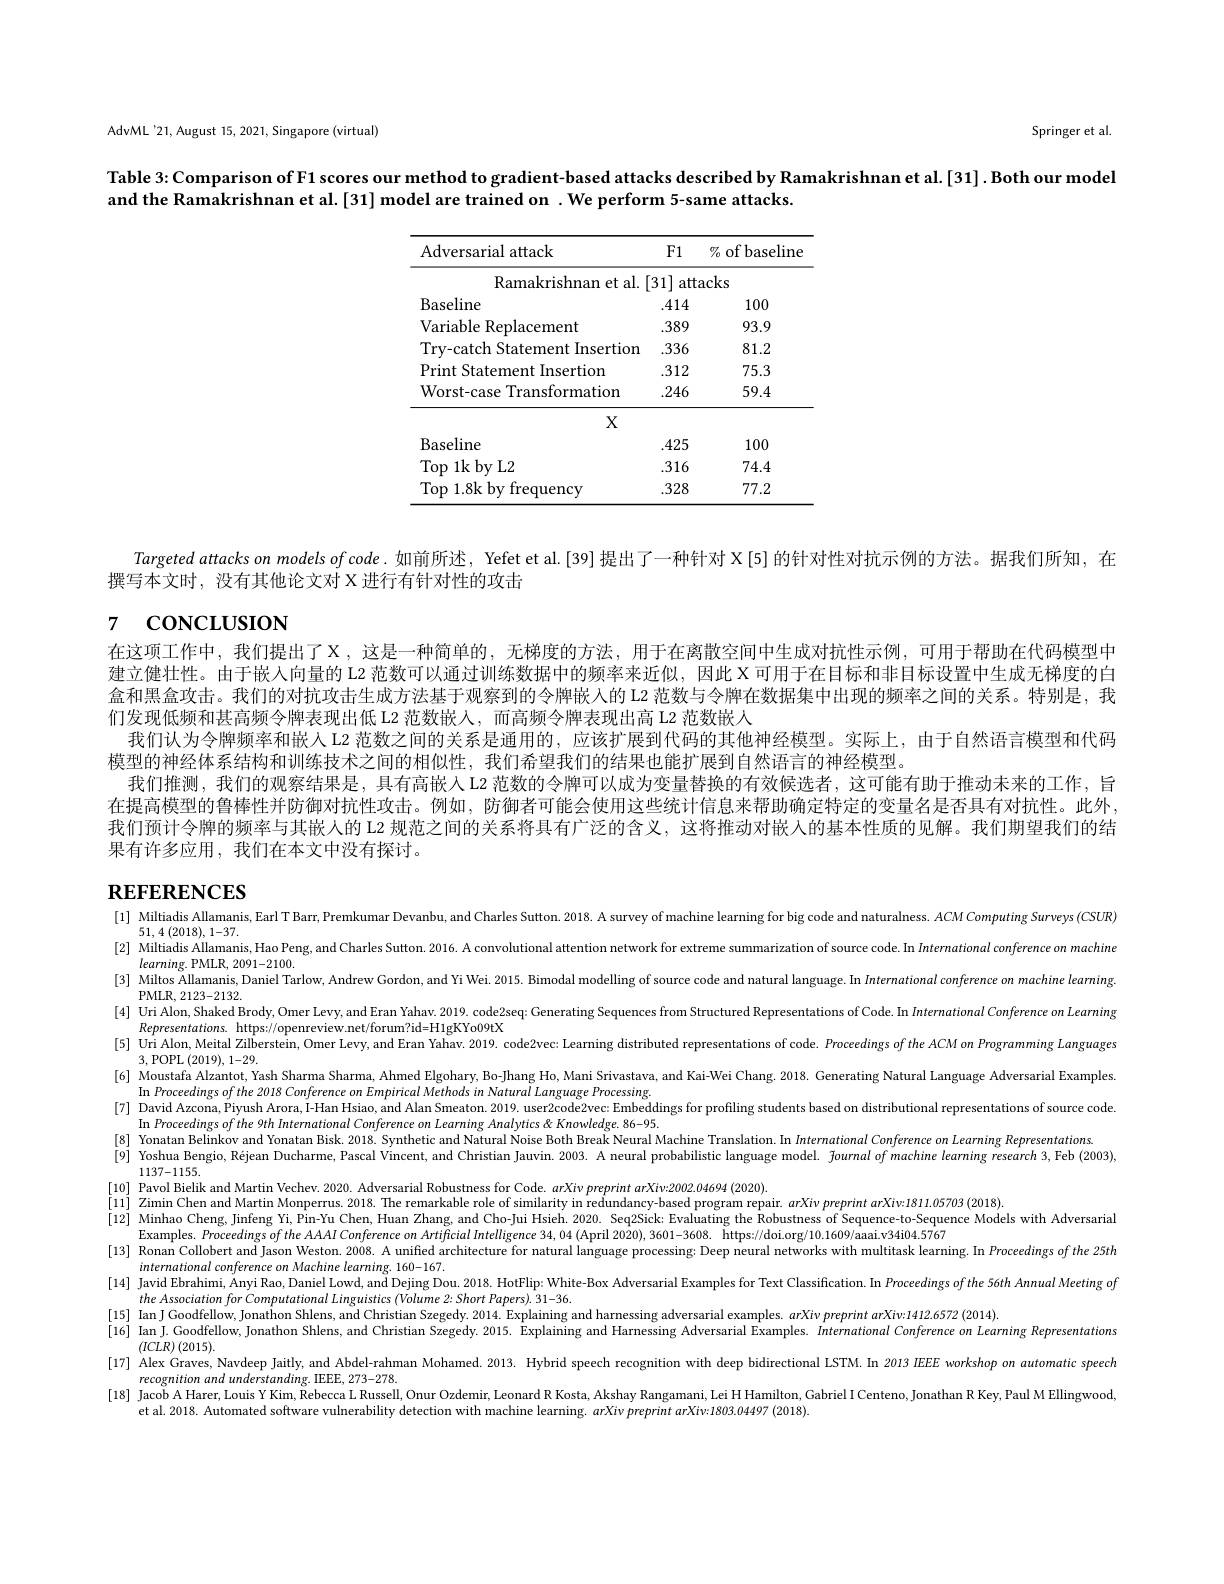
Springer et al

AdvML'21, August 15, 2021, Singapore (virtual)

Table 3: Comparison of F1 scores our method to gradient-based attacks described by Ramakrishnan et al.[31] . Both our model

and the Ramakrishnan et al. [31] model are trained on . We perform 5-same attacks.

<table>
	<tbody>
		<tr>
			<th>Adversarial attack</th>
			<th>F1</th>
			<th>$\%$ of baseline</th>
		</tr>
		<tr>
			<td>Ramakrishnan et al. </td>
			<td>31 atte</td>
			<td>cks</td>
		</tr>
		<tr>
			<td>Baseline</td>
			<td>.414</td>
			<td>100</td>
		</tr>
		<tr>
			<td>Variable Replacement</td>
			<td>.389</td>
			<td>93.9</td>
		</tr>
		<tr>
			<td>Try-catch Statement Insertion</td>
			<td>.336</td>
			<td>81.2</td>
		</tr>
		<tr>
			<td>Print Statement Insertion</td>
			<td>.312</td>
			<td>75.3</td>
		</tr>
		<tr>
			<td>Worst-case Transformation</td>
			<td>.246</td>
			<td>59.4</td>
		</tr>
		<tr>
			<td>Baseline</td>
			<td>.425</td>
			<td>100</td>
		</tr>
		<tr>
			<td>$\operatorname{Top}1$k by L2</td>
			<td>.316</td>
			<td>74.4</td>
		</tr>
		<tr>
			<td>Top 1.8k by frequency</td>
			<td>.328</td>
			<td>77.2</td>
		</tr>
	</tbody>
</table>

Targeted attacks on models of code. 如前所述，Yefet et al.[39] 提出了一种针对 X[5] 的针对性对抗示例的方法。据我们所知，在

撰写本文时，没有其他论文对 X 进行有针对性的攻击

# 7 concusıon

在这项工作中，我们提出了$\mathcal{X}$,这是一种简单的，无梯度的方法，用于在离散空间中生成对抗性示例，可用于帮助在代码模型中建立健壮性。由于嵌人向量的 L2 范数可以通过训练数据中的频率来近似，因此 X 可用于在目标和非目标设置中生成无梯度的白盒和黑盒攻击。我们的对抗攻击生成方法基于观察到的令牌嵌人的 L2 范数与令牌在数据集中出现的频率之间的关系。特别是，我们发现低频和甚高频令牌表现出低 L2 范数嵌入，而高频令牌表现出高 L2 范数嵌人
我们认为令牌频率和嵌人 L2 范数之间的关系是通用的，应该扩展到代码的其他神经模型。实际上，由于自然语言模型和代码
模型的神经体系结构和训练技术之间的相似性，我们希望我们的结果也能扩展到自然语言的神经模型。
我们推测，我们的观察结果是，具有高嵌入 L2 范数的令牌可以成为变量替换的有效候选者，这可能有助于推动未来的工作，旨在提高模型的鲁棒性并防御对抗性攻击。例如，防御者可能会使用这些统计信息来帮助确定特定的变量名是否具有对抗性。此外， 我们预计令牌的频率与其嵌人的 L2 规范之间的关系将具有广泛的含义，这将推动对嵌入的基本性质的见解。我们期望我们的结果果有许多应用，我们在本文中没有探讨。

# REFERENCES

[1] Miltiadis Allamanis, Earl T Barr, Premkumar Devanbu, and Charles Sutton. 2018. A survey of machine learning for big code and naturalness. $ACM\textit{Computing Surveys( CSUR) }$
51,4 (2018), 1-37.
[2] Miltiadis Allamanis, Hao Peng, and Charles Sutton. 2016. A convolutional attention network for extreme summarization of source code. In Intermational conference on machine
$learming.$PMLR, 2091-2100.
[3] Miltos $\overset{\mathrm{M}}{\operatorname*{\operatorname*{A}}}$llamanis, Daniel Tarlow, Andrew Gordon, and Yi Wei. 2015. Bimodal modelling of source code and natural language. In Intermational conference on machine learming
PMLR, 2123-2132.
[4] Uri Alon, Shaked Brody, Omer Levy, and Eran Yahav. 2019. code2seq: Generating Sequences from Structured Representations of Code. In International Conference on Learning
$Representations.$ https://openreview.net/forum?id=H1gKYo09tX
[5] Uri Alon, Meital Zilberstein, Omer Levy, and Eran Yahav. 2019. code2vec: Learning distributed representations of code. Proceedings of the ACM on Programming Languages
3,POPL(2019),1-29.
[6] Moustafa Alzantot, Yash Sharma Sharma, Ahmed Elgohary, Bo-Jhang Ho, Mani Srivastava, and Kai-Wei Chang. 2018. Generating Natural Language Adversarial Examples In Procecdings of the 2018 Conference on Ennpircal Methods in Natural Language Processing. [7] David Azcona, Piyush Arora, I- Han Hsiao, and Alan Smeaton. 2019. user2code2vec: Embeddings for profiling students based on distributional representation
In Proceedings of the 9th International Conference on Learning Analytics & Knowledge. 86-95.
[8] Yonatan Belinkov and Yonatan Bisk. 2018. Synthetic and Natural Noise Both Break Neural Machine Translation. In International Conference on Learning Representations
[9] Yoshua Bengio, Réjean Ducharme, Pascal Vincent, and Christian Jauvin. 2003. A neural probabilistic language model. $fournalofmachine\textit{learning research 3, Feb ( 2003) , }$
1137-1155.
[10] Pavol Bielik and Martin Vechev. 2020. Adversarial Robustness for Code. arXiv preprint arXiv:2002.04694 (2020).
[11] Zimin Chen and Martin Monperrus. 2018. The remarkable role of similarity in redundancy-based program repair. arXiv preprint arXiv:1811.05703(2018).
[12] Minhao Cheng, Jinfeng Yi, Pin-Yu Chen, Huan Zhang, and Cho-Jui Hsieh. 2020. Seq2Sick: Evaluating the Robustness of Sequence-to-Sequence Models with Adversarial
Examples. Proceedings of the AAAI Conference on Artificial Intelligence 34, 04 (April 2020), 3601-3608. https://doi.org/10.1609/aaai.v34i04.5767
[13] Ronan Collobert and Jason Weston. 2008. A unifed architecture for natural language processing: Deep neural networks with mulitask learning. In Procedings of the 25th[13]Ronan Collobert and Jason Weston.  2008.  A unifed architecture for natural
international conference on Machine learming. 160-167.
[14] Javid Ebrahimi, Anyi Rao, Daniel Lowd, and Dejing Dou. 2018. HoFlip: White-Box Adversarial Examples for Text Classification. In Proceedings of the 56th Annual Meeting of
the Association for Computational Linguistics (Volume 2: Short Papers). 31-36.
[15] Ian J Goodfellow, Jonathon Shlens, and Christian Szegedy. 2014. Explaining and harnessing adversarial examples. arXiv preprint arXiv:1412.6572 (2014).
[16] Ian J. Goodfellow, Jonathon Shlens, and Christian Szegedy. 2015. $\hat{\text{Explaining and Harnessing Adversarial Examples. International Conference on Learning Representations}(16)\text{Ian Jan }Goodference\text{ on }Learning\text{ Representations}}$
$\left(ICLR\right)(2015).$
[17] Alex Graves, Navdeep Jaitly, and Abdel-rahman Mohamed. 2013. Hybrid speech recognition with deep bidirectional LSTM. In 2013 IEEE workshop on automatic speech
recognition and understanding. IEEE, 273-278.
[18] Jacob A Harer, Louis Y Kim, Rebecca L Russell, Onur Ozdemir, Leonard R Kosta, Akshay Rangamani, Lei H Hamilton, Gabriel I Centeno, Jonathan R Key, Paul M Ellingwood
et al. 2018. Automated software vulnerability detection with machine learning. arXivpreprint arXiv:1803.04497 (2018).